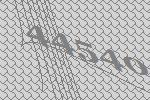
44540